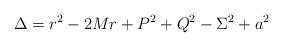
LaTeX: \begin{align*}\Delta = r^2 - 2Mr + P^2 + Q^2 - \Sigma^2 + a^2\end{align*}